Leaving Certificate Examination, 1911
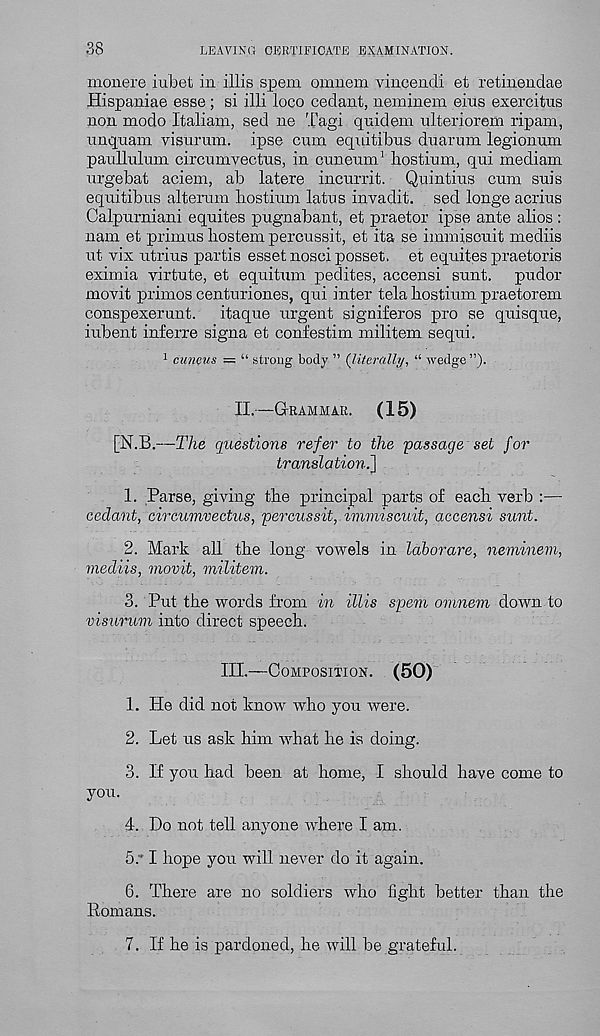
38
LEAVING CERTIFICATE EXAMINATION.
monere iubet in illis spem omnem vincendi et retinendae
Hispaniae esse ; si illi loco cedant, neminem eras exercitus
non modo Italiam, sed ne Tagi quidem ulteriorem ripam,
unquam visurum. ipse cum equitibus duarum legionum
paullulum circumvectus, in cuneum 1 hostium, qui mediam
urgebat aciem, ab latere incurrit. Quintius cum suis
equitibus alteram hostium latus invadit. sed longe acrius
Calpurniani equites pugnabant, et praetor ipse ante alios :
nam et primus hostem percussit, et ita se immiscuit mediis
ut vix utrius partis esset nosci posset, et equites praetoris
eximia virtute, et equitum pedites, accensi sunt, pudor
movit primes centuriones, qui inter tela hostium praetorem
conspexerunt.
itaque urgent signiferos pro se quisque,
iubent inferre signa et confestim militem sequi.
1 cuncus — “ strong body ” (literally, “ wedge ”)•
II.—Grammar.
(15)
[N.B.—The questions refer to the passage set for
translation.]
1. Parse, giving the principal parts of each verb :—
cedant, circumvectus, percussit, immiscuit, accensi sunt.
2. Mark all the long vowels in labor are, neminem,
mediis, movit, militem.
3. Put the words from in illis spem omnem down to
visurum into direct speech.
III.—Composition. (50)
1. He did not know who you were.
2. Let us ask him what he is doing.
3. If you had been at home, I should have come to
you.
4. Do not tell anyone where I am.
5.
" I hope you will never
6. There are no soldiers who fight better than the
Romans.
7. If he is pardoned, he will be grateful.